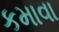
કમાવા